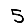
Digit: 5